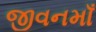
જીવનમાઁ